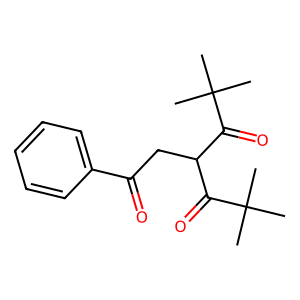
SMILES: CC(C)(C)C(=O)C(CC(=O)c1ccccc1)C(=O)C(C)(C)C
Inhibits HIV replication: No